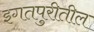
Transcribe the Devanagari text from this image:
इगतपुरीतील